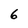
Character: 6